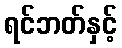
ရင်ဘတ်နှင့်